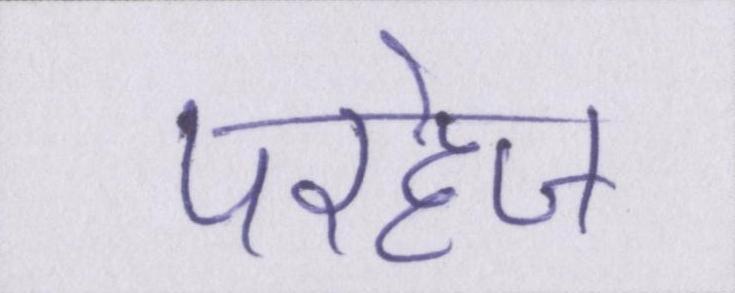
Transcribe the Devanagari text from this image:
परहेज